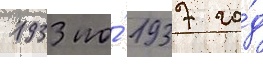
1933 по́ 1937 го́д